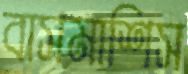
বাসমাশিস